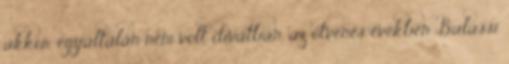
akkor egyáltalán nem volt divatban, az ötvenes években Balassi